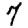
Digit: 7